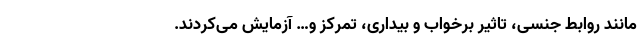
مانند روابط جنسی، تاثیر برخواب و بیداری، تمرکز و… آزمایش می‌کردند.